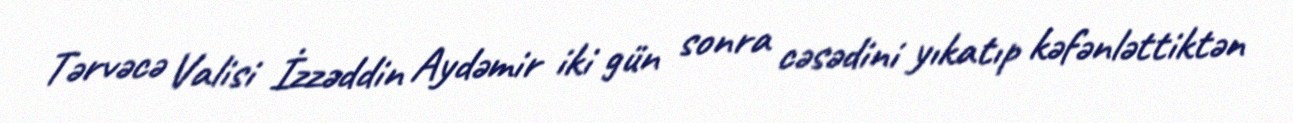
Tərvəcə Valisi İzzəddin Aydəmir iki gün sonra cəsədini yıkatıp kəfənləttiktən